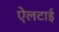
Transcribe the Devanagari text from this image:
ऐलटाई